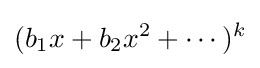
(b_{1}x+b_{2}x^{2}+\cdots )^{k}